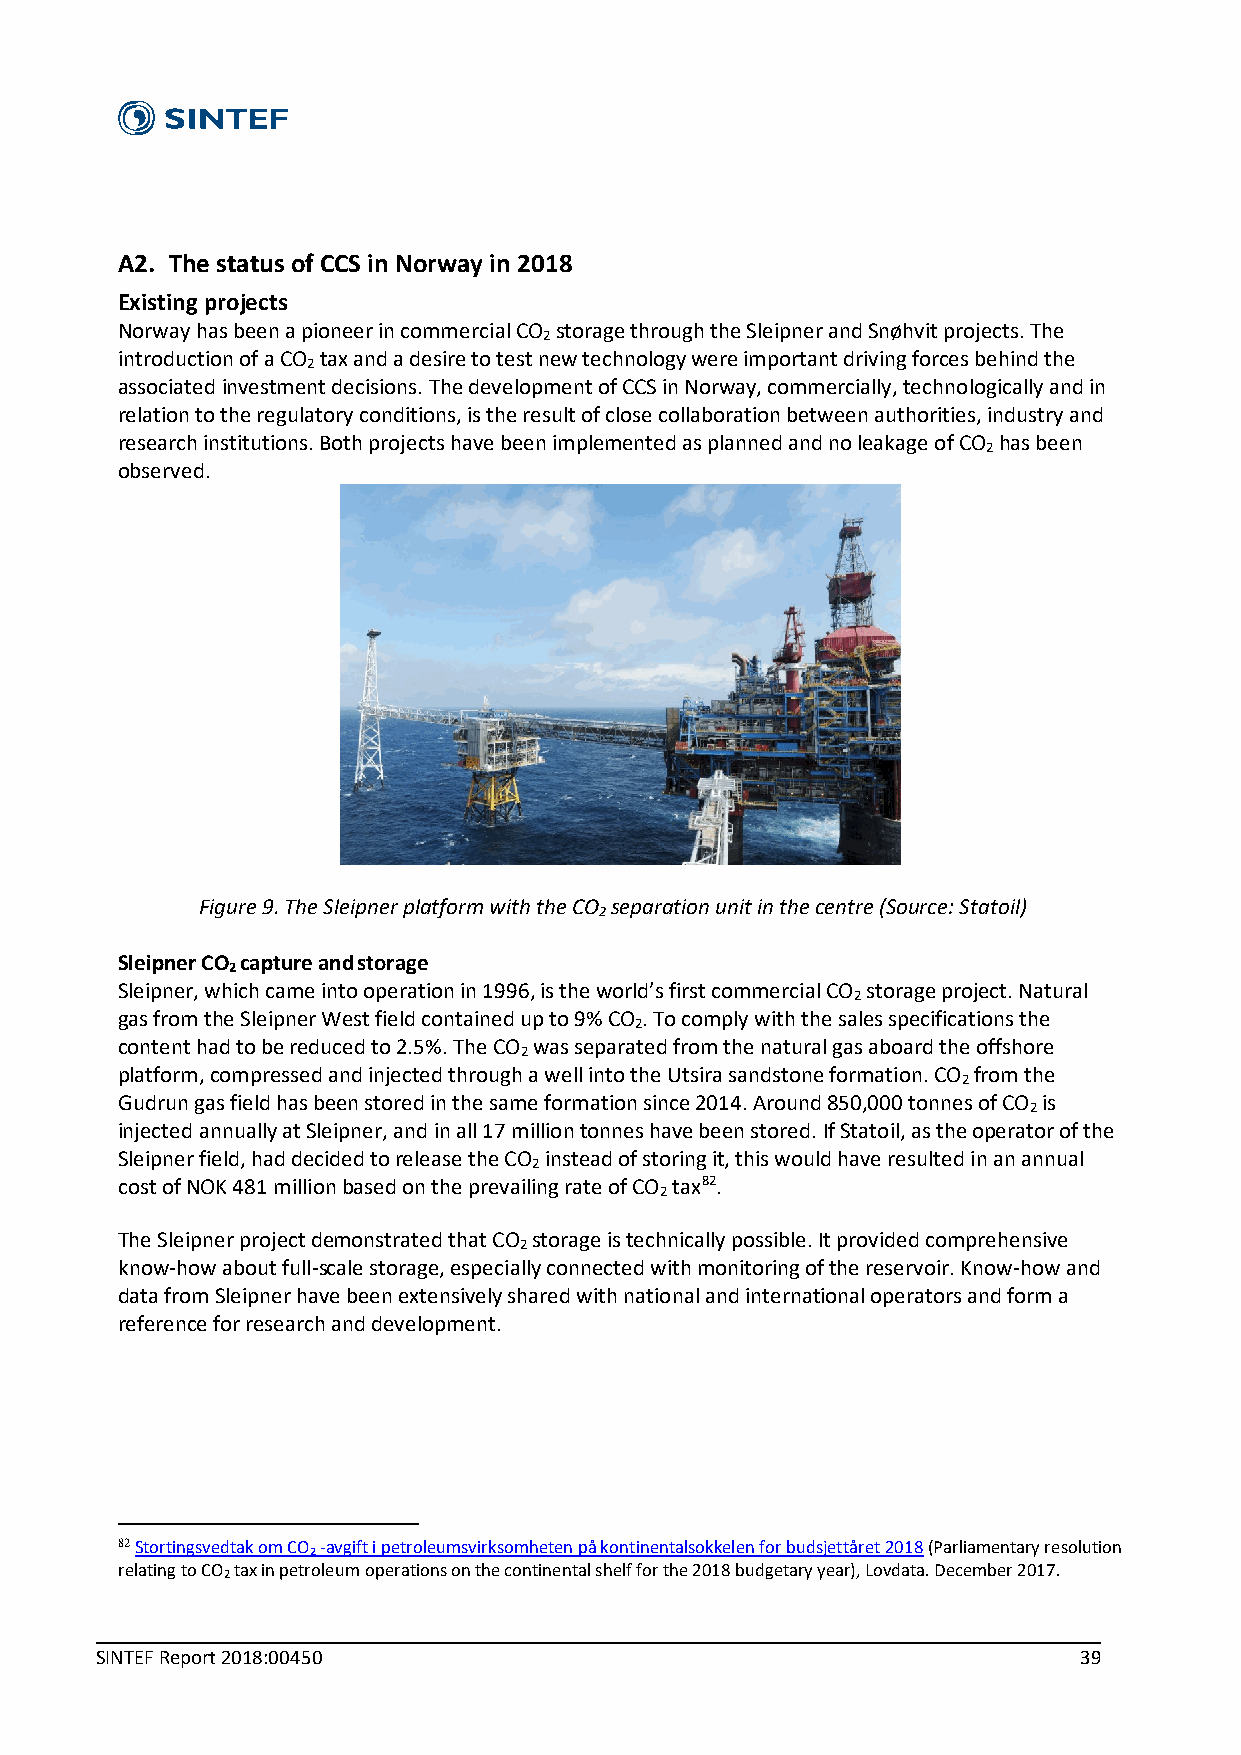
A2. The status of CCS in Norway in 2018
 Existing projects
 Norway has been a pioneer in commercial CO storage through the Sleipner and Snøhvit projects. The
 2
 introduction of a CO tax and a desire to test new technology were important driving forces behind the
 2
 associated investment decisions. The development of CCS in Norway, commercially, technologically and in
 relation to the regulatory conditions, is the result of close collaboration between authorities, industry and
 research institutions. Both projects have been implemented as planned and no leakage of CO has been
 2
 observed.
 Figure 9. The Sleipner platform with the CO separation unit in the centre (Source: Statoil)
 2
 Sleipner CO capture andstorage
 2
 Sleipner, which came into operation in 1996, is the world’s first commercial CO storage project. Natural
 2
 gas from the Sleipner West field contained up to 9% CO . To comply with the sales specifications the
 2
 content had to be reduced to 2.5%. The CO was separated from the natural gas aboard the offshore
 2
 platform, compressed and injected through a well into the Utsira sandstone formation. CO from the
 2
 Gudrun gas field has been stored in the same formation since 2014. Around 850,000 tonnes of CO is
 2
 injected annually at Sleipner, and in all 17 million tonnes have been stored. If Statoil, as the operator of the
 Sleipner field, had decided to release the CO instead of storing it, this would have resulted in an annual
 2
 cost of NOK 481 million based on the prevailing rate of CO tax82.
 2
 The Sleipner project demonstrated that CO storage is technically possible. It provided comprehensive
 2
 know-how about full-scale storage, especially connected with monitoring of the reservoir. Know-how and
 data from Sleipner have been extensively shared with national and international operators and form a
 reference for research and development.
 82 Stortingsvedtak om CO₂ -avgift i petroleumsvirksomheten på kontinentalsokkelen for budsjettåret 2018 (Parliamentary resolution
 relating to CO tax in petroleum operations on the continental shelf for the 2018 budgetary year), Lovdata. December 2017.
 2
 SINTEF Report 2018:00450                                         39